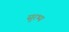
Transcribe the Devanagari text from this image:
सुरभ्य